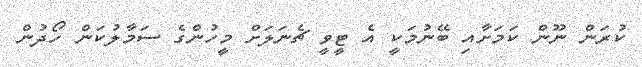
ކުރަން ނޫން ކަމަށާއި ބޭނުމަކީ އެ ޓީވީ ޗެނަލަށް މީހުންގެ ސަމާލުކަން ހޯދުން